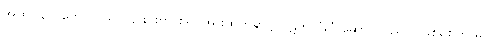
အထိ (၃၂ ကောဋ္ဌာသ) ၎င်းင်းကို စ၍ အားထုတ်ရာ၌ ပိဋကသုံးပုံ ဆောင်သည်ပင်ဖြစ်စေကာမူ